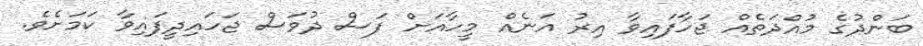
ބަންދުގެ މުއްދަތެއް ޖަހާފައިވާ އިރު އަނެއް މީހާއަށް ފަސް ދުވަސް ޖަހައިދީފައިވާ ކަމަށެވެ.